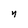
Character: n